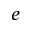
e